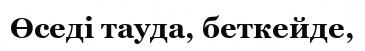
Өседі тауда, беткейде,